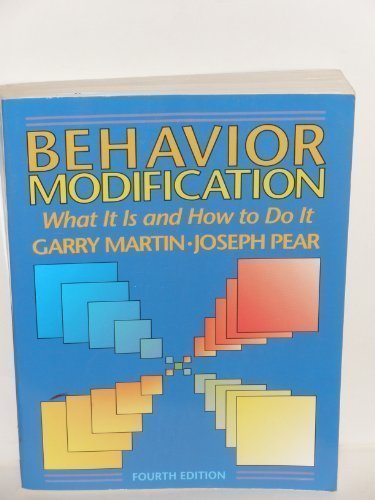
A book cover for Behavior Modification: What It is and How to Do It; Garry Martin; Self-Help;